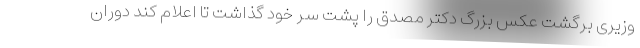
وزیری برگشت عکس بزرگ دکتر مصدق را پشت سر خود گذاشت تا اعلام کند دوران